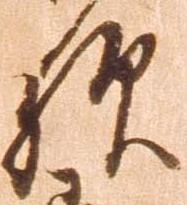
歟